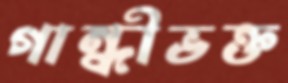
গান্ধীভক্ত